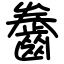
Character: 齤